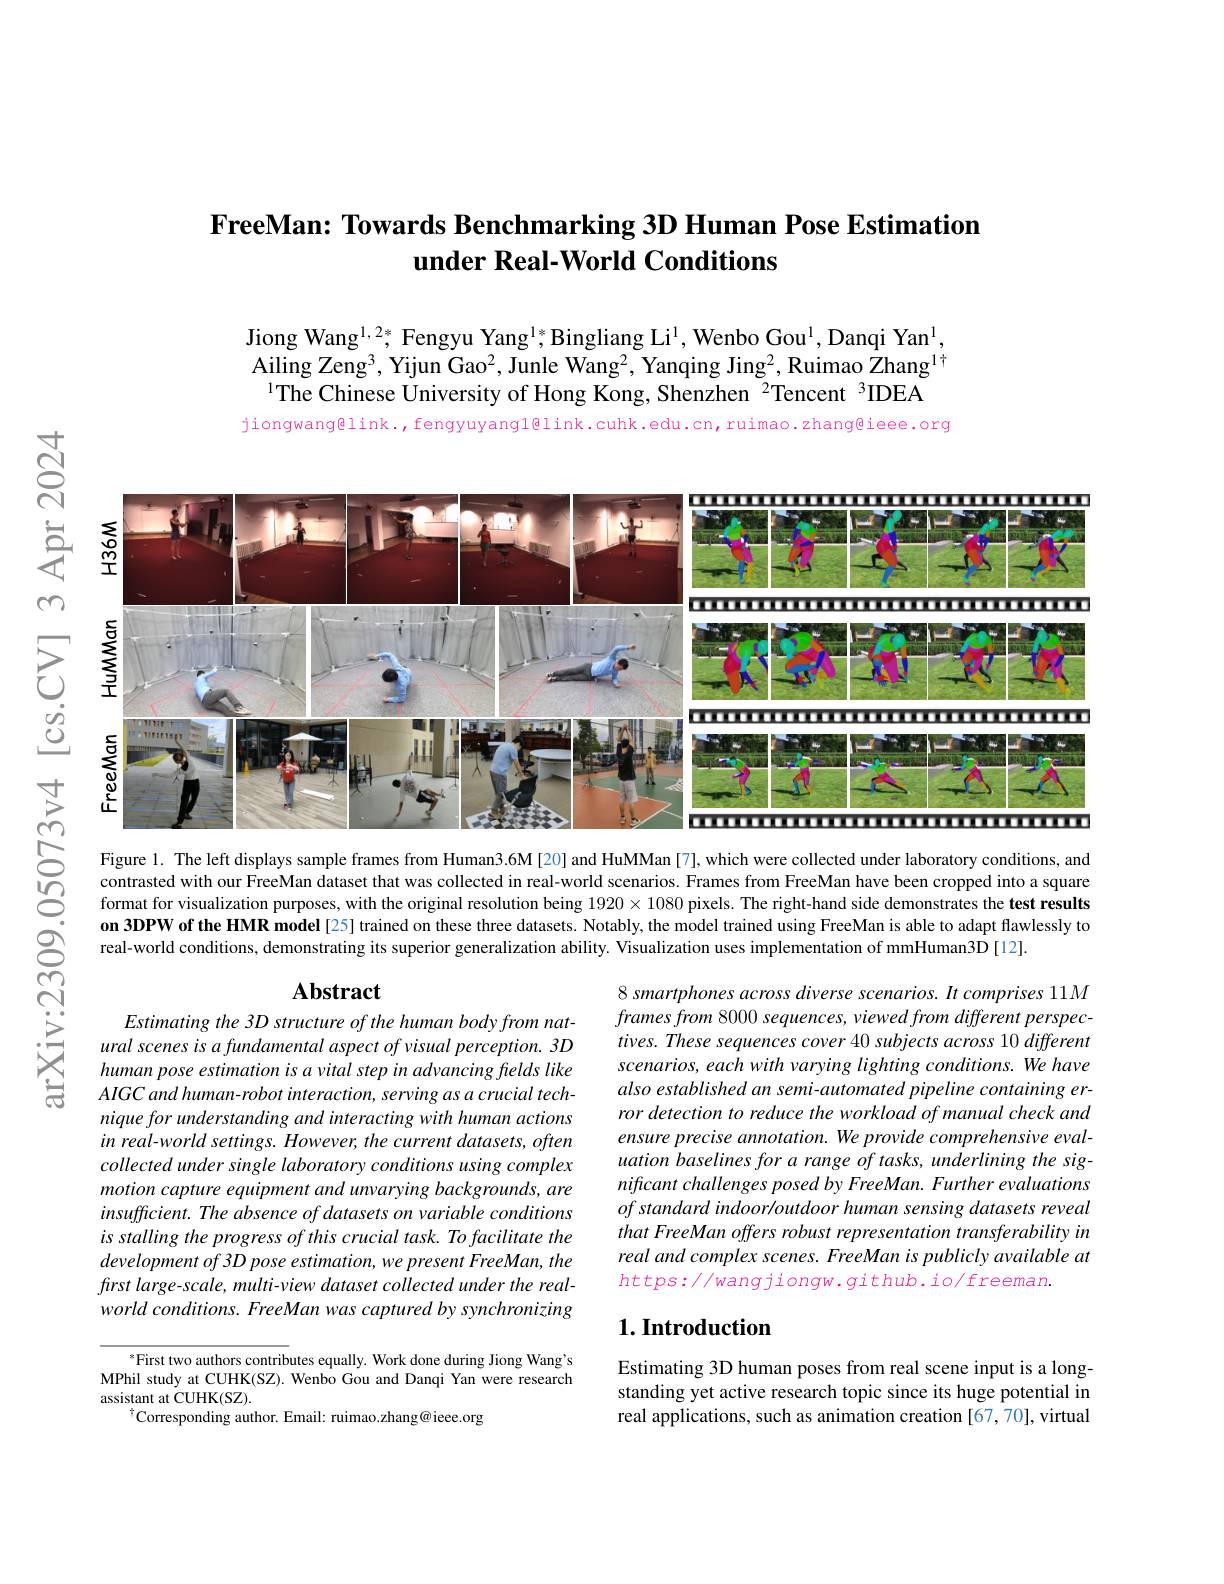
## FreeMan: Towards Benchmarking 3D Human Pose Estimation under Real-World Conditions

Jiong Wang$^{1,2*}$, Fengyu Yang$^{1*}$,Bingliang Li$^1$, Wenbo Gou$^1$, Danqi Yan$^{1}$ Ailing Zeng$^3$, Yijun Gao$^2$, Junle Wang$^2$, Yanqing Jing$^2$, Ruimao Zhang$^1\dagger$
$^{1}$The Chinese University of Hong Kong, Shenzhen $^{2}$Tencent $^{3}$IDEA

jiongwang@link., fengyuyangl@link.cuhk.edu.cn,ruimao.zhang@ieee.org

$ন্ন$

m

享
<FigureHere>
$উড়্তি$

ror detection to reduce the workload of manual check and ensure precise annotation. We provide comprehensive evaluation baselines for a range of tasks, underlining the significant challenges posed by FreeMan. Further evaluations $ofstandardindoor/outdoorhumansensingdatasetsreveal$ that FreeMan offers robust representation transferability in real and complex scenes. FreeMan is publicly available at $https://wangjiongw.github.io/freeman.$

nique for understanding and interacting with human actions in real-world settings. However, the current datasets, often collected under single laboratory conditions using complex motion capture equipment and unvarying backgrounds, are insufficient. The absence of datasets on variable conditions is stalling the progress of this crucial task. To facilitate the $developmentof3Dpose$ estimation, we present FreeMan, the frst large-scale, multi-view dataset collected under the realworld conditions. FreeMan was captured by synchronizing

### $1. \textbf{Introduction}$

$^{*}$First two authors contributes equally. Work done during Jiong Wang's MPhil study at CUHK(SZ). Wenbo Gou and Danqi Yan were research assistant at CUHK(SZ).
$^{\dagger}$Corresponding author. Email: ruimao.zhang@ieee.org

Estimating 3D human poses from real scene input is a longstanding yet active research topic since its huge potential in real applications, such as animation creation [67,70], virtual